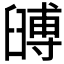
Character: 𦦐